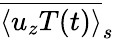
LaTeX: \overline{{\langle u_{z}T(t)\rangle}}_{s}